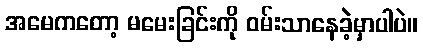
အမေကတော့ မမေးခြင်းကို ဝမ်းသာနေခဲ့မှာပါပဲ။